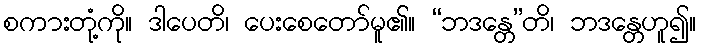
စကားတုံ့ကို။ ဒါပေတိ၊ ပေးစေတော်မူ၏။ “ဘဒန္တေ”တိ၊ ဘဒန္တေဟူ၍။